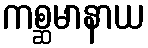
ကစ္ဆမာနာယ